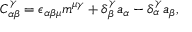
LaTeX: C _ { \alpha \beta } ^ { \gamma } = \epsilon _ { \alpha \beta \mu } m ^ { \mu \gamma } + \delta _ { \beta } ^ { \gamma } a _ { \alpha } - \delta _ { \alpha } ^ { \gamma } a _ { \beta } ,